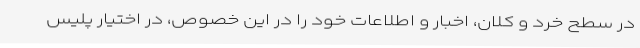
در سطح خرد و کلان، اخبار و اطلاعات خود را در این خصوص، در اختیار پلیس